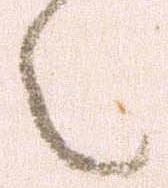
々